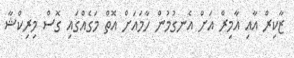
ޒާކިރް އާއި އާމިރް އަށް އެނގުމުން ހާމައަށް އޮތް މަގެއްގައި ގޮސް މިރިކްޝާ